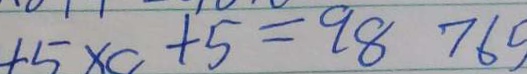
4 5 \times c + 5 = 9 8 7 6 5